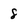
Character: 8